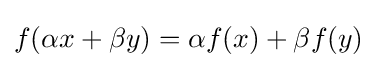
f(\alpha x+\beta y)=\alpha f(x)+\beta f(y)